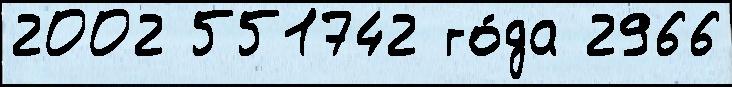
2002 551742 го́да 2966